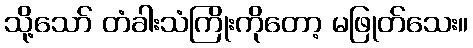
သို့သော် တံခါးသံကြိုးကိုတော့ မဖြုတ်သေး။